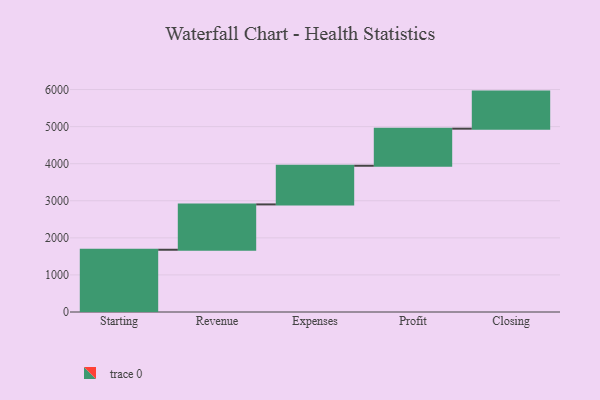
{"axis": {"x": "Step", "y": "Value"}, "legend": [""], "data": [{"x": "Starting", "y": 1679.0, "type": ""}, {"x": "Revenue", "y": 1223.0, "type": ""}, {"x": "Expenses", "y": 1043.0, "type": ""}, {"x": "Profit", "y": 1000, "type": ""}, {"x": "Closing", "y": 1000, "type": ""}]}